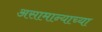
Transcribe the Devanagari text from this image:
असामान्याच्या